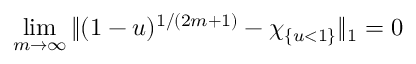
\operatorname* { l i m } _ { m \to \infty } \| ( 1 - u ) ^ { 1 / ( 2 m + 1 ) } - \chi _ { \{ u < 1 \} } \| _ { 1 } = 0